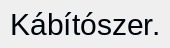
Kábítószer.